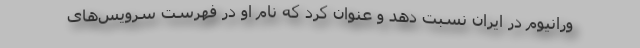
ورانیوم در ایران نسبت دهد و عنوان کرد که نام او در فهرست سرویس‌های